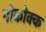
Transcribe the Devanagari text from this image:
पोकोक्क